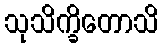
သုသိက္ခိတောသိ